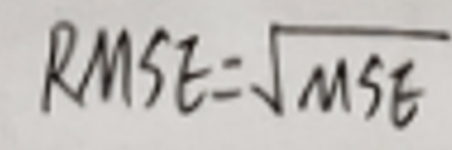
$RMSE = \sqrt{MSE}$